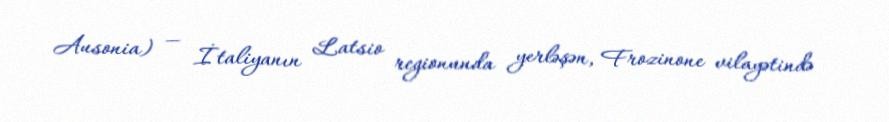
Ausonia) — İtaliyanın Latsio regionunda yerləşən, Frozinone vilayətində